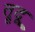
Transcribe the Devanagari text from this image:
त्रूदू